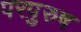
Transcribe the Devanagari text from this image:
परपुरुष